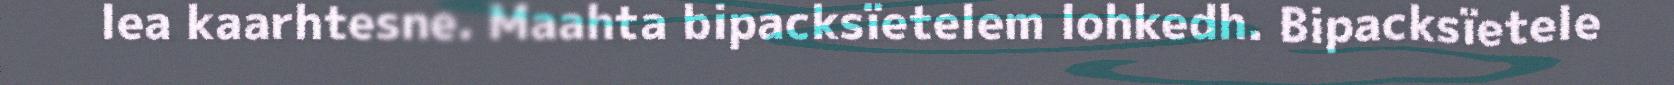
lea kaarhtesne. Maahta bipacksïetelem lohkedh. Bipacksïetele